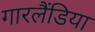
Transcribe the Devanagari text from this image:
गारलैंडिया